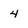
Character: 4